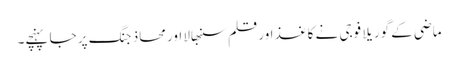
ماضی کے گوریلا فوجی نے کاغذ اور قلم سنبھالا اور محاذ جنگ پر جا پہنچے۔